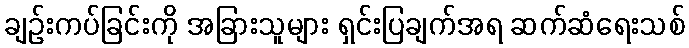
ချဉ်းကပ်ခြင်းကို အခြားသူများ ရှင်းပြချက်အရ ဆက်ဆံရေးသစ်